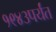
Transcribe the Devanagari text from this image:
१९४३पर्यंत